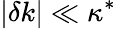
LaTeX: |\delta k|\ll\kappa^{*}